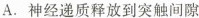
A.神经递质释放到突触间隙